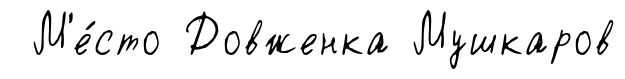
М'е́сто Довженка Мушкаров